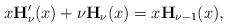
\begin{align*}x\mathbf{H}_\nu'(x)+\nu\mathbf{H}_\nu(x)=x\mathbf{H}_{\nu-1}(x),\end{align*}